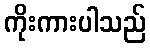
ကိုးကားပါသည်